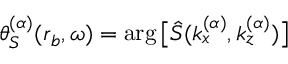
\theta _ { S } ^ { ( \alpha ) } ( \boldsymbol { r } _ { b } , \omega ) = \arg \big [ \hat { S } ( k _ { x } ^ { ( \alpha ) } , k _ { z } ^ { ( \alpha ) } ) \big ]